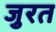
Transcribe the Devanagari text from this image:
जुरत